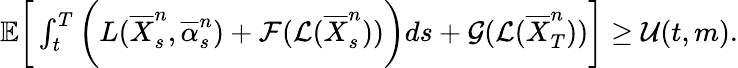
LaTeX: \begin{array}{r}{{\mathbb E}\bigg[\int_{t}^{T}\bigg(L(\overline{{X}}_{s}^{n},\overline{{\alpha}}_{s}^{n})+\mathcal{F}(\mathcal{L}(\overline{{X}}_{s}^{n}))\bigg)ds+\mathcal{G}(\mathcal{L}(\overline{{X}}_{T}^{n}))\bigg]\ge\mathcal{U}(t,m).}\end{array}